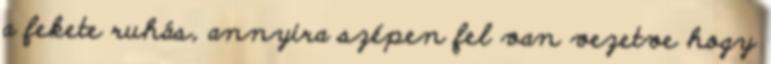
a fekete ruhás, annyira szépen fel van vezetve hogy